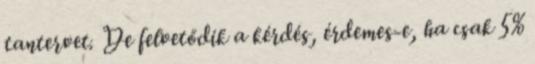
tantervet. De felvetődik a kérdés, érdemes-e, ha csak 5%